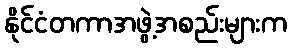
နိုင်ငံတကာအဖွဲ့အစည်းများက